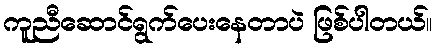
ကူညီဆောင်ရွက်ပေးနေတာပဲ ဖြစ်ပါတယ်။